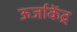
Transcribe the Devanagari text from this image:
ऊर्जाकेंद्र